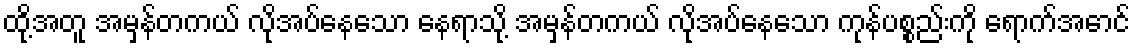
ထို့အတူ အမှန်တကယ် လိုအပ်နေသော နေရာသို့ အမှန်တကယ် လိုအပ်နေသော ကုန်ပစ္စည်းကို ရောက်အောင်